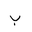
Letter: _ba